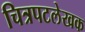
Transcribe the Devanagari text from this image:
चित्रपटलेखक